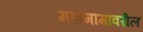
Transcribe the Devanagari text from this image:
महामागांवरील